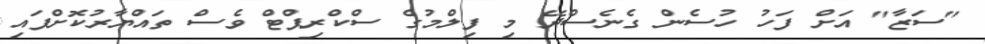
"ސަޒާ" އަށް ފަހު ހުސެން ގެނެސްދޭ މި ފިލްމުގެ ސްކްރިޕްޓް ވެސް ތައްޔާރުކޮށްފައި